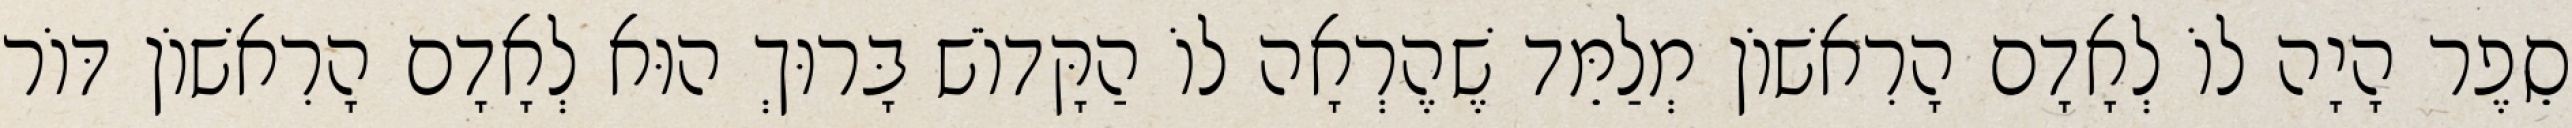
סֵפֶר הָיָה לוֹ לְאָדָם הָרִאשׁוֹן מְלַמֵּד שֶׁהֶרְאָה לוֹ הַקָּדוֹשׁ בָּרוּךְ הוּא לְאָדָם הָרִאשׁוֹן דּוֹר